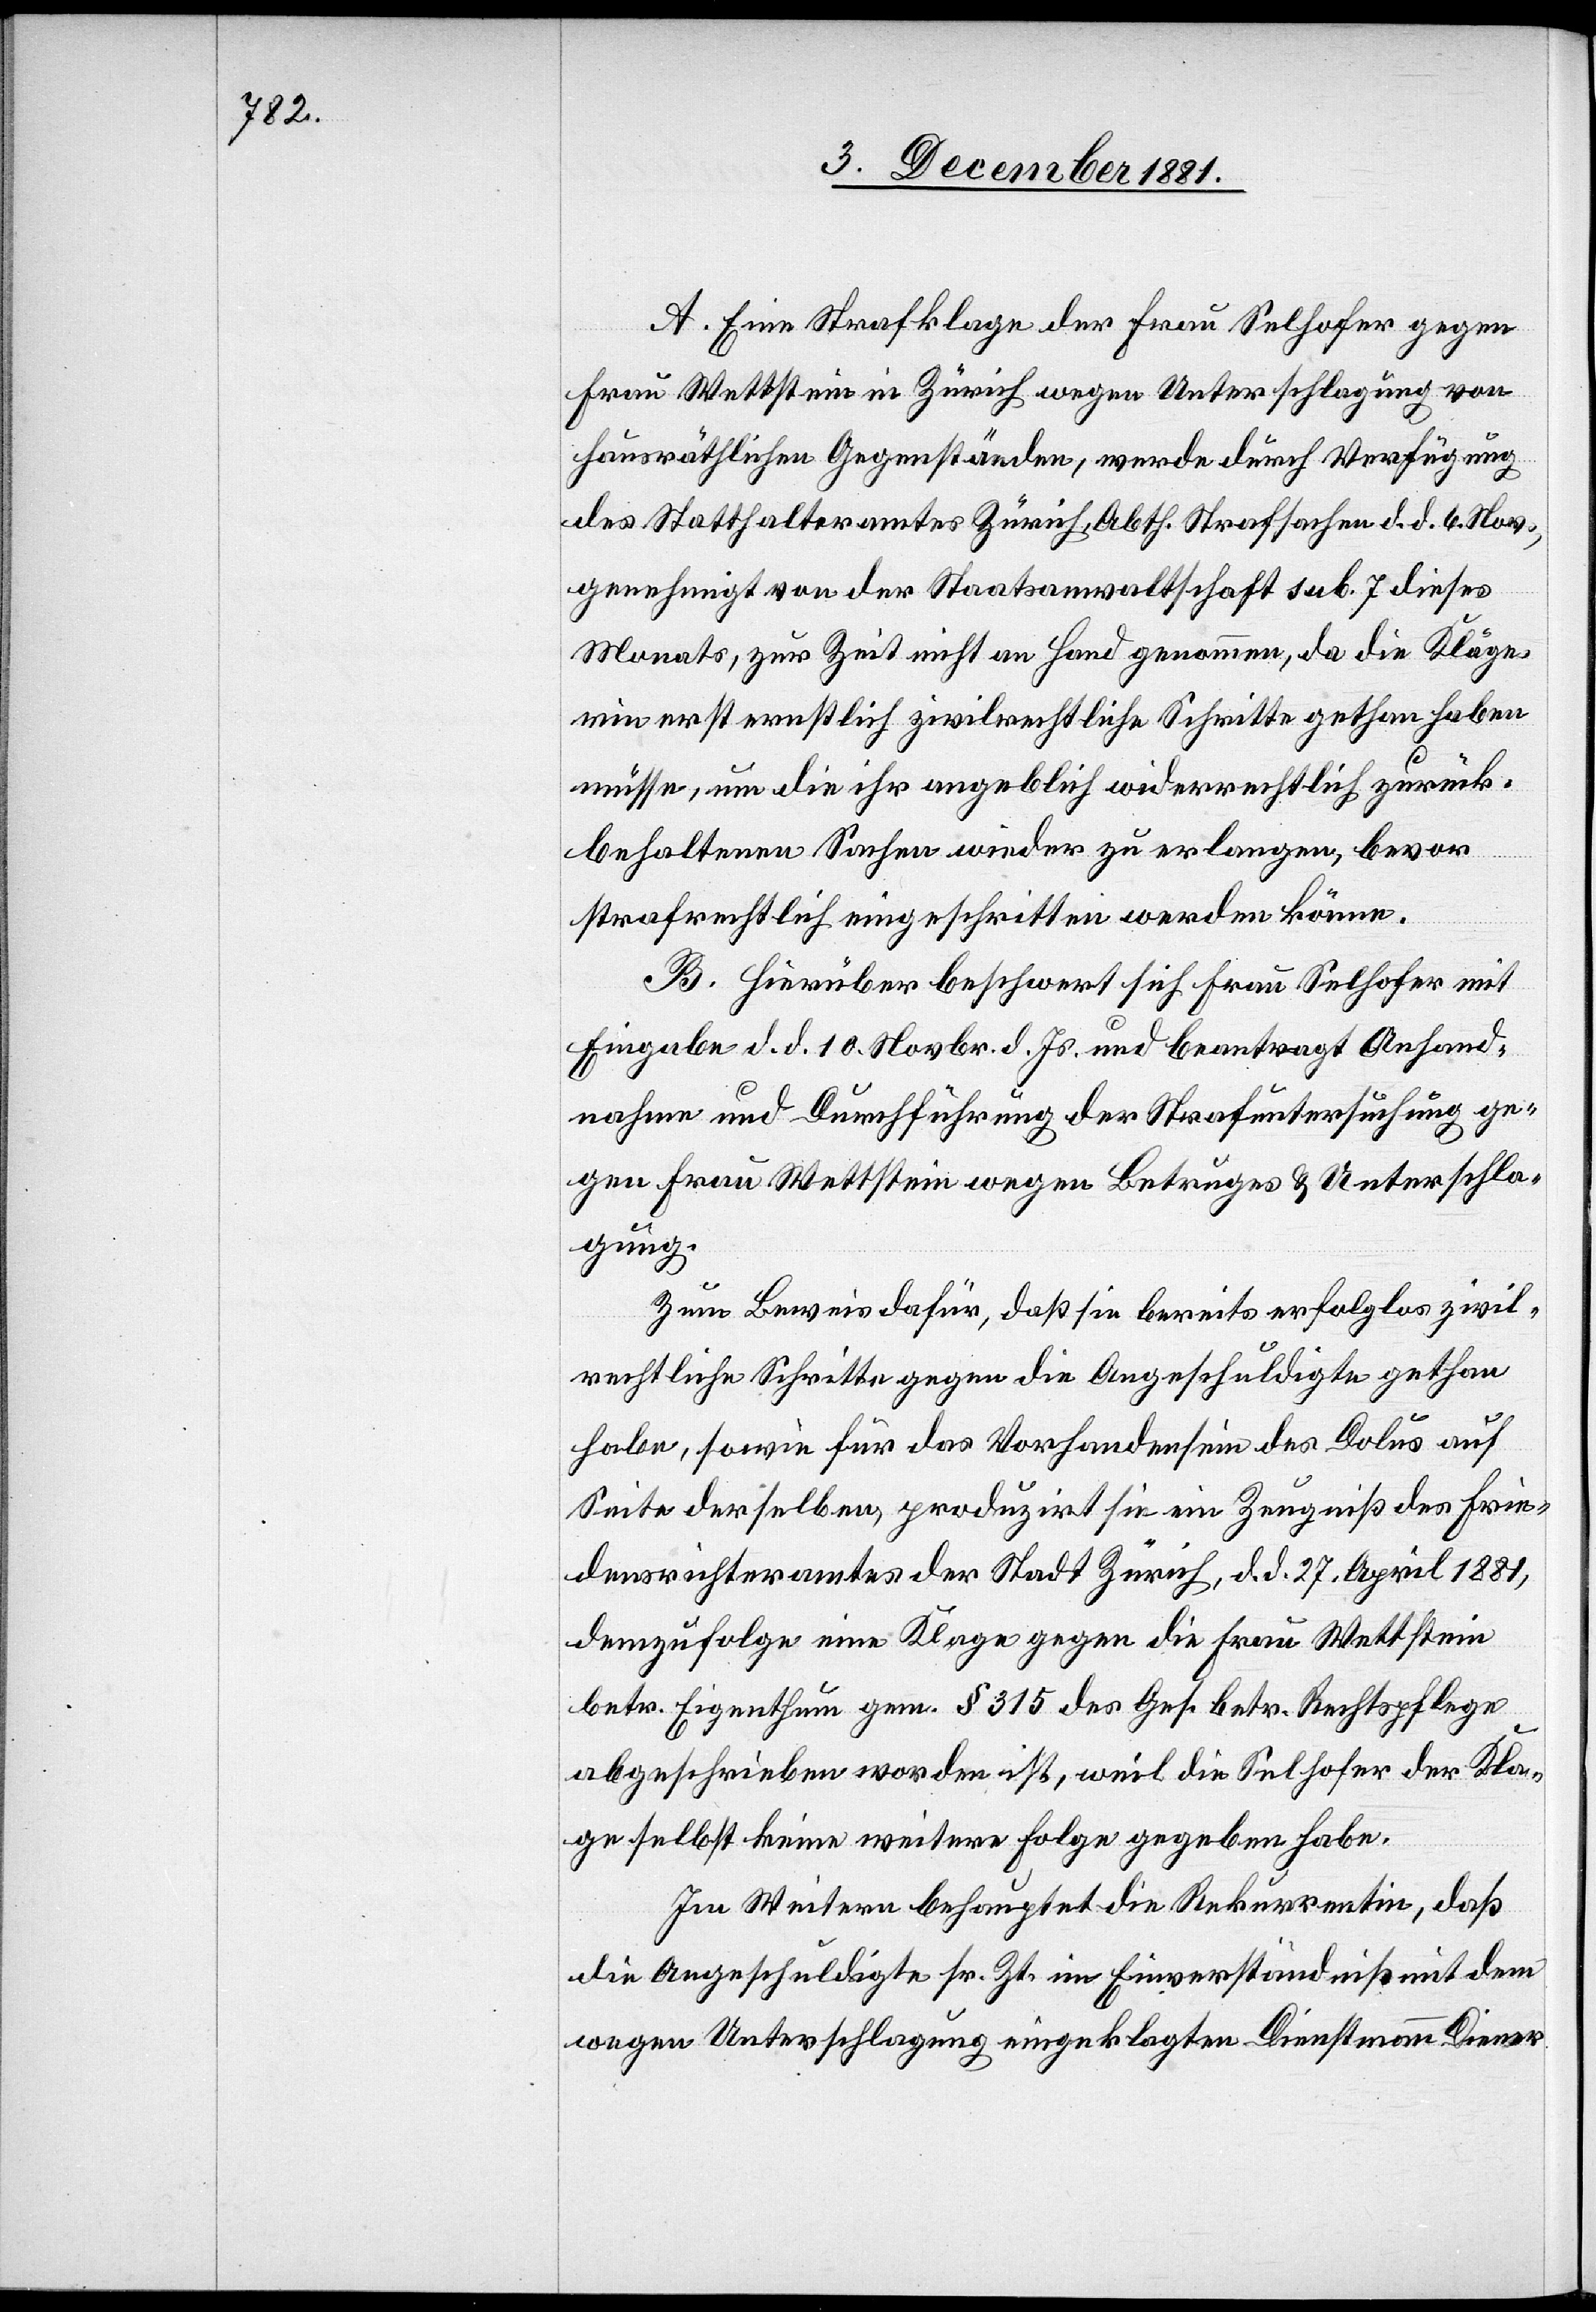
A. Eine Strafklage der Frau Selhofer gegen
Frau Wettstein in Zürich wegen Unterschlagung von
hausräthlichen Gegenständen, werde durch Verfügung
des Statthalteramtes Zürich, Abth. Strafsachen d. d. 6. Nov.,
genehmigt von der Staatsanwaltschaft sub. 7. dieses
Monats, zur Zeit nicht an Hand genommen, da die Kläge¬
rin erst ernstlich zivilrechtliche Schritte gethan haben
müsse, um die ihr angeblich widerrechtlich zurück¬
behaltenen Sachen wieder zu erlangen, bevor
strafrechtlich eingeschritten werden könne.
B. Hierüber beschwert sich Frau Selhofer mit
Eingabe d. d. 10. Novbr. d. Js. und beantragt Anhand¬
nahme und Durchführung der Strafuntersuchung ge¬
gen Frau Wettstein wegen Betrugs & Unterschla¬
gung.
Zum Beweis dafür, daß sie bereits erfolglos zivil¬
rechtliche Schritte gegen die Angeschuldigte gethan
habe, sowie für das Vorhandensein des Dolus auf
Seite derselben, produzirt sie ein Zeugniß des Frie¬
densrichteramtes der Stadt Zürich, d. d. 27. April 1881,
demzufolge eine Klage gegen die Frau Wettstein
betr. Eigenthum gem. § 315 des Ges. betr. Rechtspflege
abgeschrieben worden ist, weil die Selhofer der Kla¬
ge selbst keine weitere Folge gegeben habe.
Im Weitern behauptet die Rekurrentin, daß
die Angeschuldigte sr. Zt. im Einverständniß mit dem
wegen Unterschlagung eingeklagten Dienstmann Diener